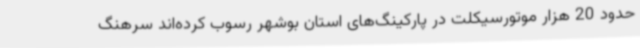
حدود 20 هزار موتورسیکلت در پارکینگ‌های استان بوشهر رسوب کرده‌اند سرهنگ